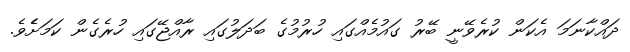
ދައްކާނަމަ އެކަން ކުރެވޭނީ ބޭރު ގައުމެއްގައި ހުރުމުގެ ބަދަލުގައި ރާއްޖޭގައި ހުރެގެން ކަމަށެެވެ.